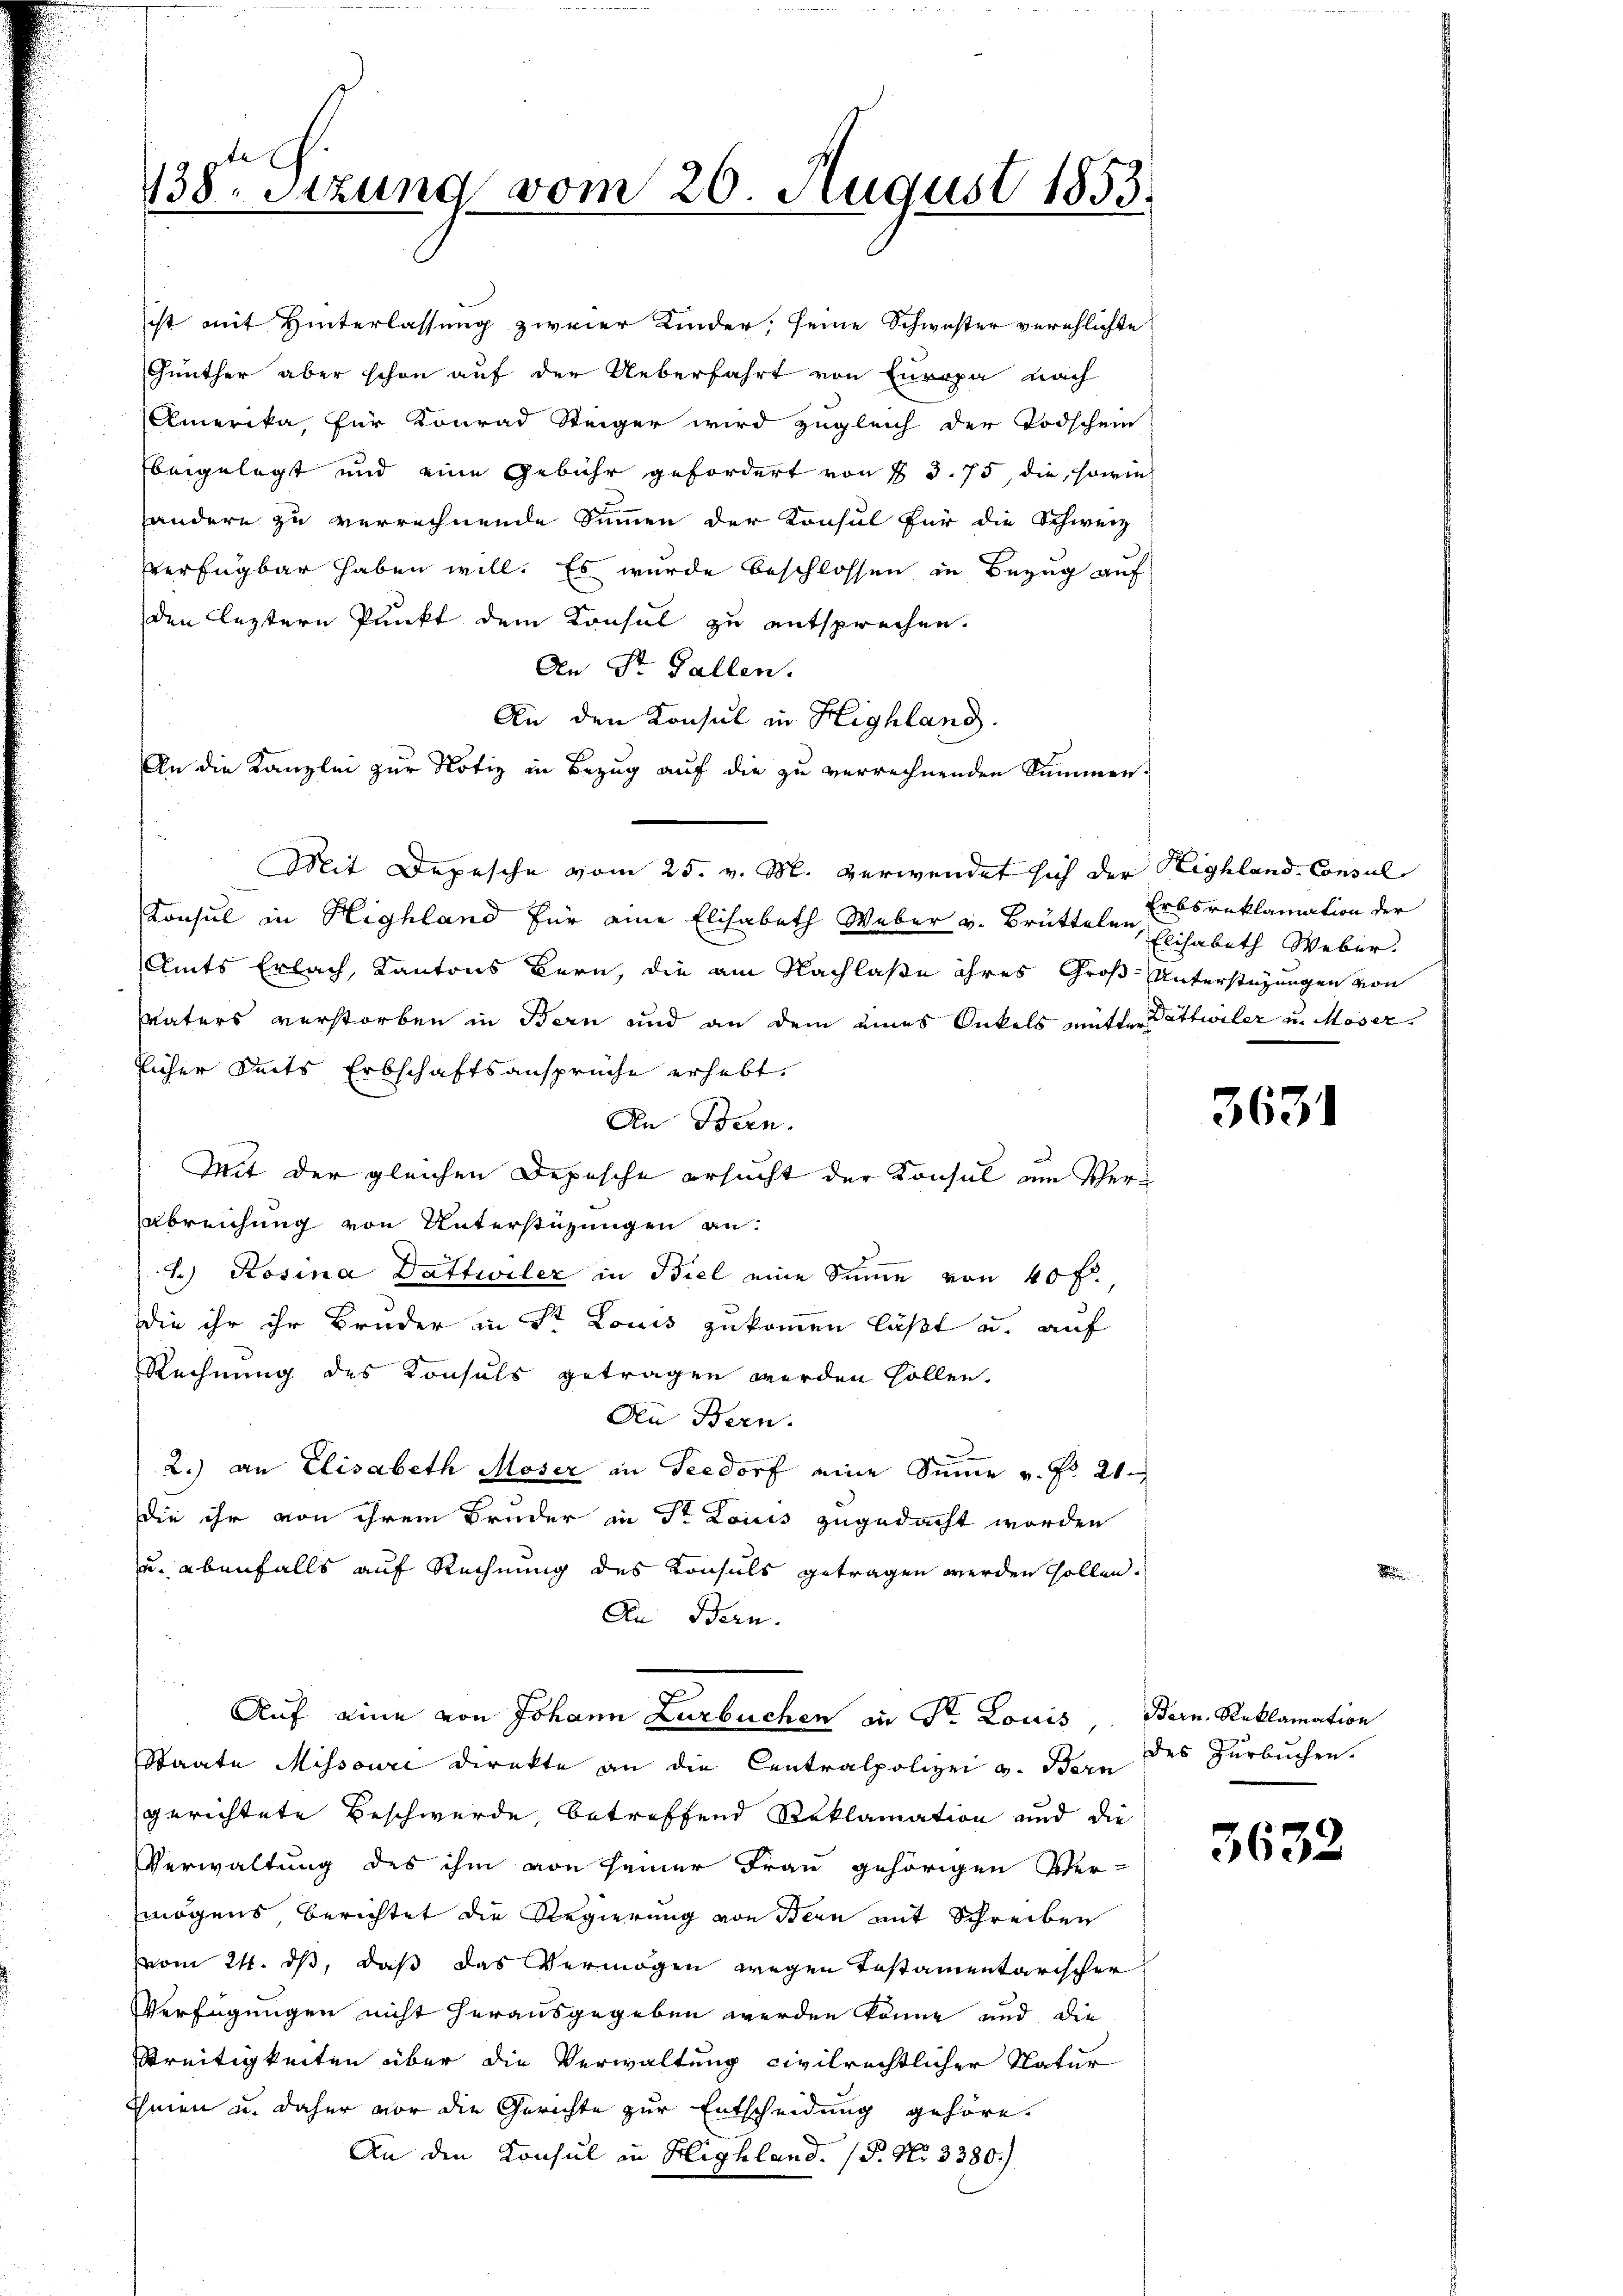
te
738. Sitzung vom 20. August 1853.

ist mit Hinterlassung zweier Kinder, seine Schwester verehlichte
Günther aber schon auf der Ueberfahrt von Europa nach
Amerika, für Konrad Steiger wird zugleich der Todschein
beigelegt und eine Gebühr gefordert von § 375, die, sowie
andern zu verrechnende Summen der Konsul für die Schweiz
verfügbar haben will. Es wurde beschlossen in Bezug auf
den leztern Punkt dem Konsul zu entsprechen.
An St. Gallen.
An den Konsul in Highland.
An die Kanzlei zur Notiz in Bezug auf die zu verrechnenden Summen-
Mit Depesche vom 25. v. M. verwendet sich der Highland-Consul
Konsul in Highland für eine Elisabeth Weber v. Brütteler, Elisabeth Weber.
Amts Erlach, Kantons Bern, die am Nachlaße ihres Groß-Unterstüzungen von
Vaters verstorben in Bern und an dem eines Onkels mütter Pattwiler u. Moser
licher Seits Erbschaftsansprüche erhebt.
An Bern.
Mit der gleichen Depesche ersucht der Konsul am Verabreichung von Unterstüzungen an:
L) Rosina Dattwiler in Biel eine Sinne von 40 f.,
die ihr ihr Bruder in St. Louis zukommen läßt u. auf
Rechnung des Konsuls getragen werden sollen.
Den Bern.
2.) an Elisabeth Moser in Seedorf eine Summe v. Pr. 21.
die ihr von ihrem Bruder in St. Louis zugedacht worden
u. ebenfalls auf Rechnung des Konsuls getragen werden sollen.
An Bern.
Auf eine von Johann Lurbuchen in St. Louis Bern. Reklamation
Staate Missouri direkte an die Centralpolizei v. Bern
gerichtete Beschwerde, betreffend Reklamation und die
Verwaltung des ihm von seiner Frau gehörigen Vermögens Berichtet die Regierung von Bern mit Schreiben
vom 24. ds, daß das Vermögen wegen Testamentarischer
Verfügungen nicht herausgegeben werden könne und die
Streitigkeiten über die Verwaltung civilrechtlicher Natur
Cheien u. daher vor die Gerichte zur Entscheidung gehöre.
An den Konsul in Highland. (S. Nr. 3380.

Erbsreklamation der

3631

des Zurbuchen.

3632